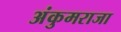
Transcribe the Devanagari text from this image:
अंकुमराजा